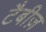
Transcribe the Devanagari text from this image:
टैबीज़